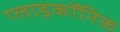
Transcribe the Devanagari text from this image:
ग्लाइकॉनिक